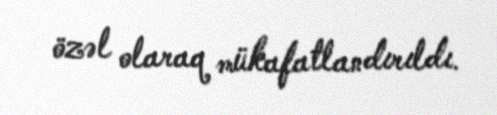
özəl olaraq mükafatlandırıldı.